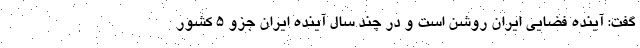
گفت: آینده فضایی ایران روشن است و در چند سال آینده ایران جزو ۵ کشور